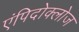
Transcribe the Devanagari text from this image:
एंपिदोक्लोज